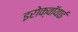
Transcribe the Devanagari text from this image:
इरोक्वॉयाई